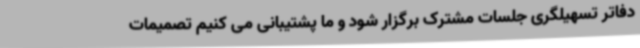
دفاتر تسهیلگری جلسات مشترک برگزار شود و ما پشتیبانی می کنیم تصمیمات